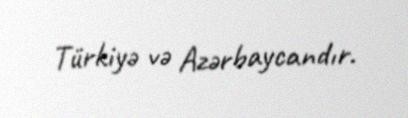
Türkiyə və Azərbaycandır.